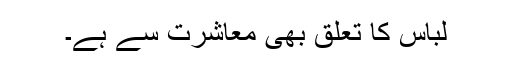
لباس کا تعلق بھی معاشرت سے ہے۔